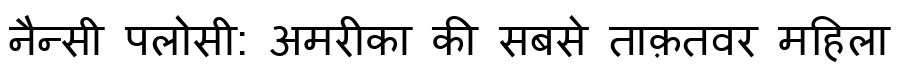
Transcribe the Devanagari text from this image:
नैन्सी पलोसी: अमरीका की सबसे ताक़तवर महिला